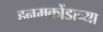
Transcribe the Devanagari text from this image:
हनमकोंडाच्या